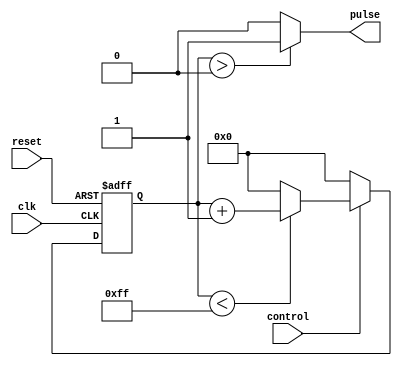
module pulse_generator(

input wire clk, //clock signal
input wire reset, //reset signal
input wire control, //control signal to adjust pulse width

output reg pulse //output pulse signal
);

reg [7:0] count; //counter to measure pulse width

always @(posedge clk or posedge reset)
begin
if (reset)
count <= 8'b0;
else
begin
if (control)
begin
if (count < 8'd255)
count <= count + 1;
else
count <= 8'b0;
end
else
count <= 8'b0;
end
end

assign pulse = count > 0 ? 1'b1 : 1'b0; //generate pulse signal based on count

endmodule